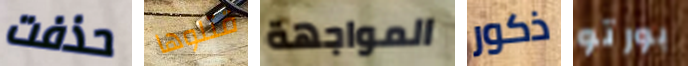
حذفت قتلوها المواجهة ذكور بورتو